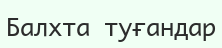
Балхта туғандар